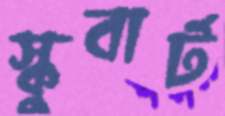
স্কুবার্ট